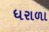
ધરાળા